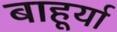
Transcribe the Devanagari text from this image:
बाहूर्या